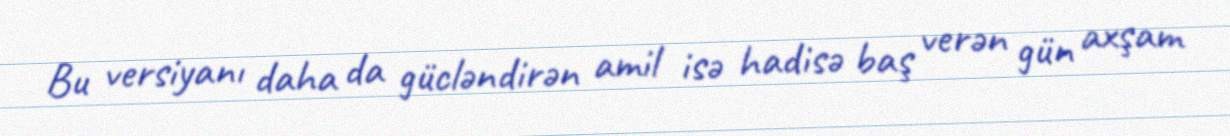
Bu versiyanı daha da gücləndirən amil isə hadisə baş verən gün axşam